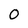
Character: O